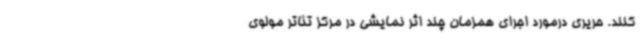
کنند. حریری درمورد اجرای همزمان چند اثر نمایشی در مرکز تئاتر مولوی